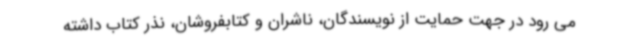
می رود در جهت حمایت از نویسندگان، ناشران و کتابفروشان، نذر کتاب داشته